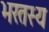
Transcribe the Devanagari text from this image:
भरतस्य